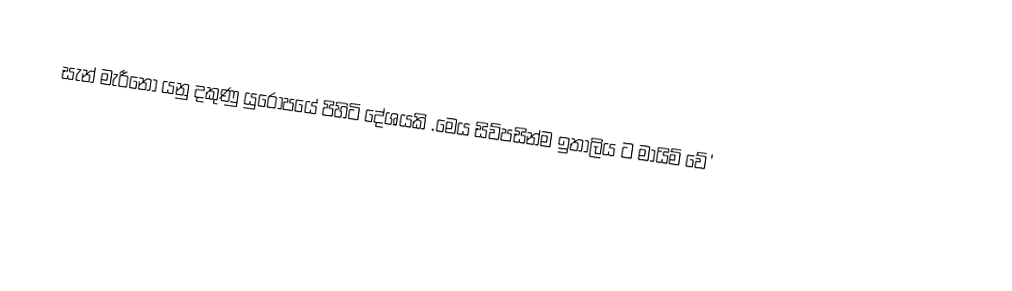
සැන් මැරීනෝ යනු දකුණු යුරෝපයේ පිහිටි දේශයකි .මෙය සිව්පසින්ම ඉතාලිය ට මායිම් වේ ්